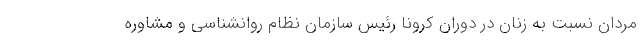
مردان نسبت به زنان در دوران کرونا رئیس سازمان نظام روانشناسی و مشاوره